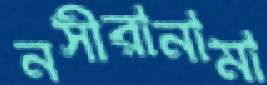
নসীরানামা